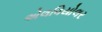
એલવિયોલર